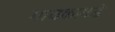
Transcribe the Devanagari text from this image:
गायकाकडे